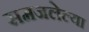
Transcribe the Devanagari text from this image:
समजलेल्या